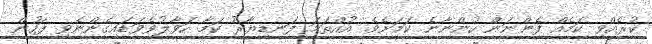
ކުރެއްވި ކަމެއް ފެންނަން ހުންނާނެ ކަމަށެވެ. އުއްތަމަ ފަނޑިޔާރު ކަމާ ހަވާލުވެވަޑައިގެންނެވި ފަހުން